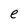
Character: e